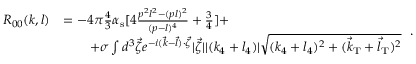
\begin{array} { l l } { { R _ { 0 0 } ( k , l ) } } & { { = - 4 \pi { \frac { 4 } { 3 } } \alpha _ { \mathrm { s } } [ 4 { \frac { p ^ { 2 } l ^ { 2 } - ( p l ) ^ { 2 } } { ( p - l ) ^ { 4 } } } + { \frac { 3 } { 4 } } ] + \nonumber } } \\ { { } } & { { \qquad + \sigma \int d ^ { 3 } \vec { \zeta } e ^ { - i ( \vec { k } - \vec { l } ) \cdot \vec { \zeta } } \vert { \vec { \zeta } } \vert \vert ( k _ { 4 } + l _ { 4 } ) \vert \sqrt { ( k _ { 4 } + l _ { 4 } ) ^ { 2 } + ( \vec { k } _ { \mathrm { T } } + \vec { l } _ { \mathrm { T } } ) ^ { 2 } } } } \end{array} \, .